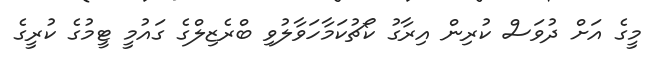
މީގެ އަށް ދުވަސް ކުރިން އިރާގު ކޯޗުކަމާހަވާލުވި ބްރެޒިލްގެ ގައުމީ ޓީމުގެ ކުރީގެ